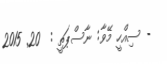
- ސިއްހީ މޭވާ: ނާސްޕަތީ :  20